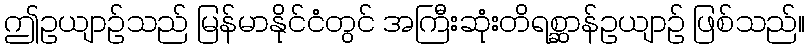
ဤဥယျာဉ်သည် မြန်မာနိုင်ငံတွင် အကြီးဆုံးတိရစ္ဆာန်ဥယျာဉ် ဖြစ်သည်။